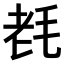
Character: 𣭢